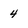
Character: 4